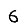
Digit: 6